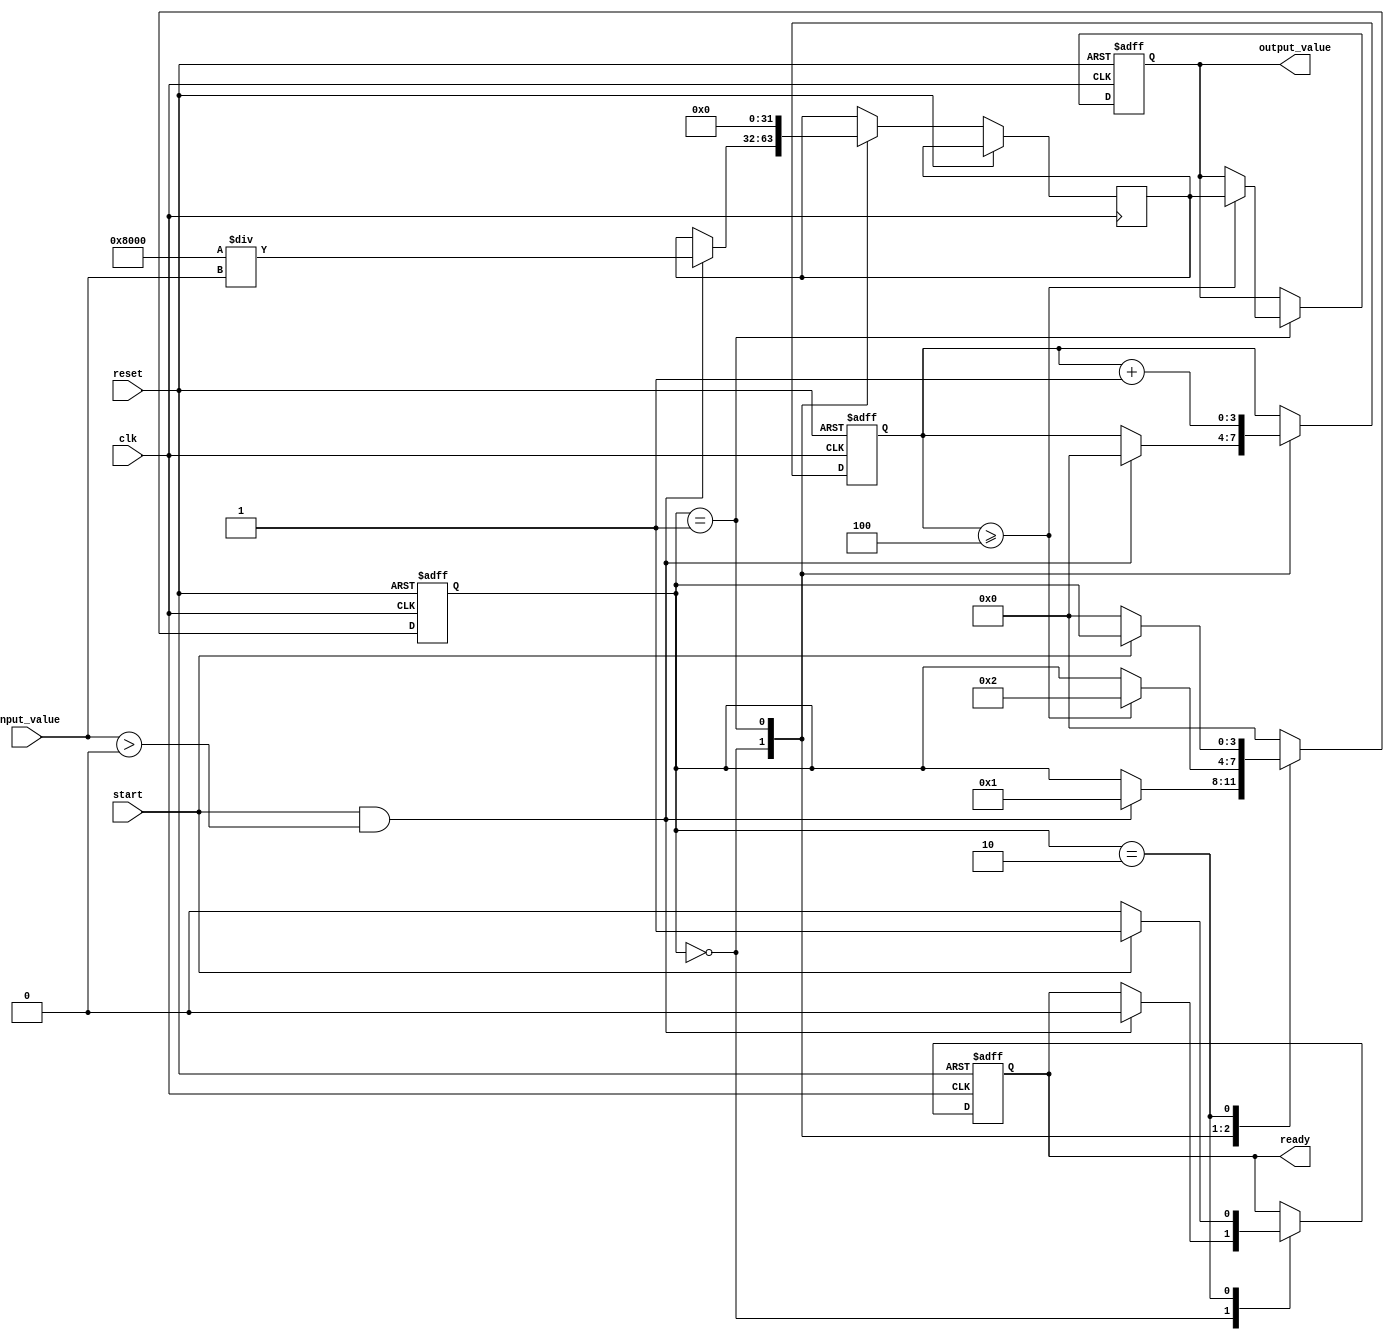
module BinaryFractionalReciprocal #(
    parameter N = 16, // Input width
    parameter M = 32  // Output width (should be >= 2*N)
)(
    input wire clk,
    input wire reset,
    input wire start,
    input wire [N-1:0] input_value, // Input binary fractional number
    output reg [M-1:0] output_value, // Output binary fractional reciprocal
    output reg ready // Indicates when the output is valid
);

    // Internal signals
    reg [M-1:0] x; // Current approximation of the reciprocal
    reg [3:0] state; // State machine for control
    reg [3:0] iteration_count; // Count iterations
    localparam IDLE = 0, COMPUTE = 1, DONE = 2;

    // Initial state
    initial begin
        output_value = 0;
        ready = 0;
        state = IDLE;
        iteration_count = 0;
    end

    always @(posedge clk or posedge reset) begin
        if (reset) begin
            output_value <= 0;
            ready <= 0;
            state <= IDLE;
            iteration_count <= 0;
        end else begin
            case (state)
                IDLE: begin
                    if (start && input_value > 0) begin
                        // Initial approximation: x = 1 / input_value
                        x <= {1'b1, {M-N-1{1'b0}}} / input_value; // Initial guess
                        iteration_count <= 0;
                        state <= COMPUTE;
                        ready <= 0;
                    end
                end

                COMPUTE: begin
                    // Newton-Raphson iteration: x = x * (2 - input_value * x)
                    x <= x * (2**M - input_value * x) >> M; // Shift right to maintain precision
                    iteration_count <= iteration_count + 1;

                    if (iteration_count >= 4) begin // Fixed number of iterations
                        output_value <= x;
                        state <= DONE;
                    end
                end

                DONE: begin
                    ready <= 1; // Indicate output is valid
                    if (!start) begin
                        state <= IDLE; // Go back to idle when start is low
                        ready <= 0; // Reset ready signal
                    end
                end

                default: state <= IDLE; // Safety default
            endcase
        end
    end
endmodule